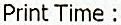
PRINT TIME :